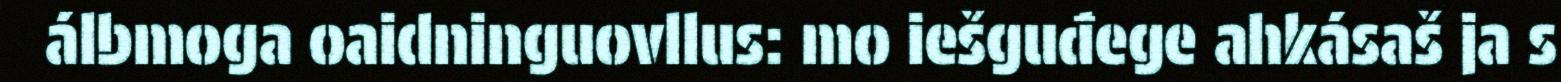
álbmoga oaidninguovllus: mo iešguđege ahkásaš ja s